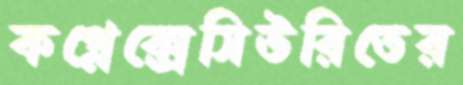
কপ্লেক্সেসিউরিতের